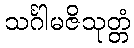
သင်္ဂါမဇိသုတ္တံ